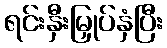
ရင်းနှီးမြှုပ်နှံပြီး